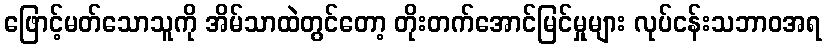
ဖြောင့်မတ်သောသူကို အိမ်သာထဲတွင်တော့ တိုးတက်အောင်မြင်မှုများ လုပ်ငန်းသဘာဝအရ